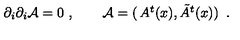
\partial _ { i } \partial _ { i } { \cal A } = 0 \ , \qquad { \cal A } = \left( \begin{matrix} { A ^ { t } ( x ) , \tilde { A } ^ { t } ( x ) } \\ \end{matrix} \right) \ .